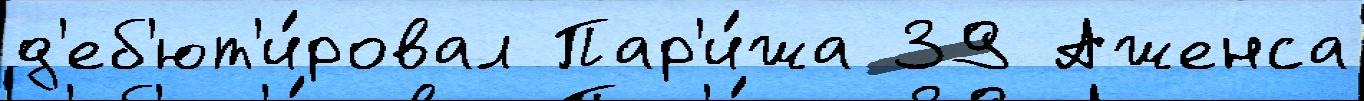
д'еб'ют'и́ровал Пар'и́жа 39 Аженса